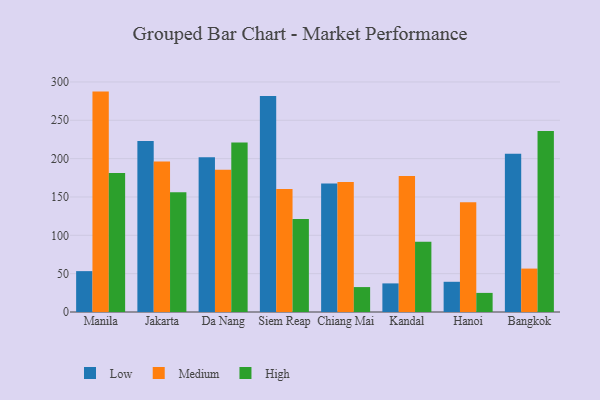
{"axis": {"x": "City", "y": "Active Users"}, "legend": ["High", "Low", "Medium"], "data": [{"x": "Manila", "y": 53.3, "type": "Low"}, {"x": "Manila", "y": 287.4, "type": "Medium"}, {"x": "Manila", "y": 181.4, "type": "High"}, {"x": "Jakarta", "y": 223.1, "type": "Low"}, {"x": "Jakarta", "y": 196.1, "type": "Medium"}, {"x": "Jakarta", "y": 156.1, "type": "High"}, {"x": "Da Nang", "y": 201.9, "type": "Low"}, {"x": "Da Nang", "y": 185.6, "type": "Medium"}, {"x": "Da Nang", "y": 221.0, "type": "High"}, {"x": "Siem Reap", "y": 281.5, "type": "Low"}, {"x": "Siem Reap", "y": 160.4, "type": "Medium"}, {"x": "Siem Reap", "y": 121.2, "type": "High"}, {"x": "Chiang Mai", "y": 167.5, "type": "Low"}, {"x": "Chiang Mai", "y": 169.4, "type": "Medium"}, {"x": "Chiang Mai", "y": 32.5, "type": "High"}, {"x": "Kandal", "y": 37.3, "type": "Low"}, {"x": "Kandal", "y": 177.4, "type": "Medium"}, {"x": "Kandal", "y": 91.5, "type": "High"}, {"x": "Hanoi", "y": 39.4, "type": "Low"}, {"x": "Hanoi", "y": 143.1, "type": "Medium"}, {"x": "Hanoi", "y": 24.9, "type": "High"}, {"x": "Bangkok", "y": 206.4, "type": "Low"}, {"x": "Bangkok", "y": 56.6, "type": "Medium"}, {"x": "Bangkok", "y": 236.0, "type": "High"}]}